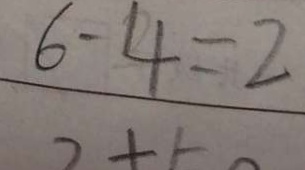
6 - 4 = 2